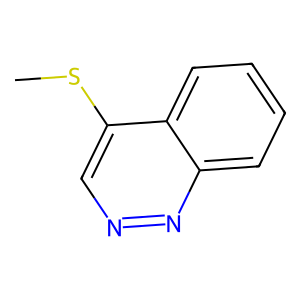
SMILES: CSc1cnnc2ccccc12
Inhibits HIV replication: No